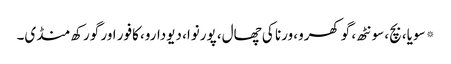
* سویا، بچ، سونٹھ، گوکھرو، ورنا کی چھال، پورنوا، دیودارو، کافور اور گورکھ منڈی۔